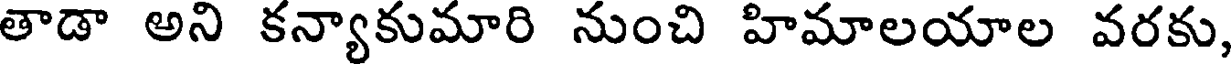
తాడా అని కన్యాకుమారి నుంచి హిమాలయాల వరకు,